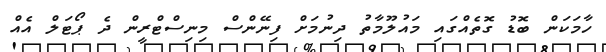
ހާމަކަން ބޮޑު ގޮތެއްގައި މައުލޫމާތު ދިނުމަށް ފިނޭންސް މިނިސްޓްރީން ދެ ޕޯޓަލް އެއް